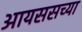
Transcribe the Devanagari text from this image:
आयससच्या